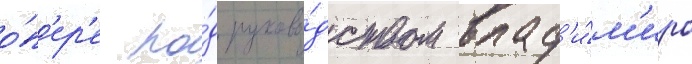
о́п'ер'е по́д руково́дством влад'и́м'ира